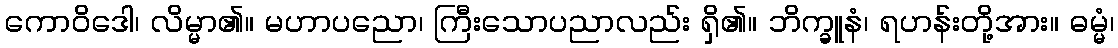
ကောဝိဒေါ၊ လိမ္မာ၏။ မဟာပညော၊ ကြီးသောပညာလည်း ရှိ၏။ ဘိက္ခူနံ၊ ရဟန်းတို့အား။ ဓမ္မံ၊